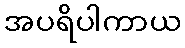
အပရိပါကာယ